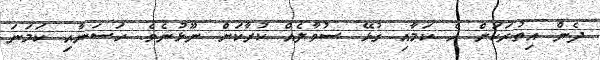
ދެން އިތުރަކަށް އެ ކަމާއި ގުޅޭ ސުވާލެއް ކުރާކަށް ނޫޅުނެވެ. ހަސަނާއި ކަމަނަ